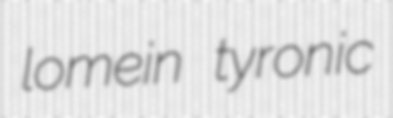
lomein tyronic